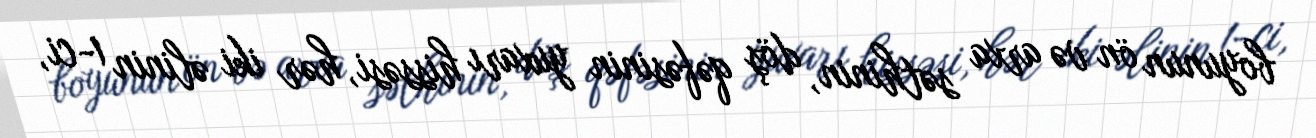
boyunun ön və arxa səthinin, döş qəfəsinin yuxarı hissəsi, hər iki əlinin 1-ci,